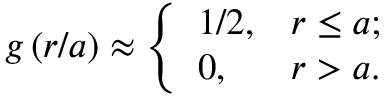
\begin{array} { r } { g \left( r / a \right) \approx \left\{ \begin{array} { l l } { 1 / 2 , } & { r \leq a ; } \\ { 0 , } & { r > a . } \end{array} \right. } \end{array}